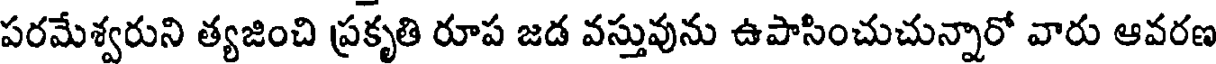
పరమేశ్వరుని త్యజించి ప్రకృతి రూప జడ వస్తువును ఉపాసించుచున్నారో వారు ఆవరణ